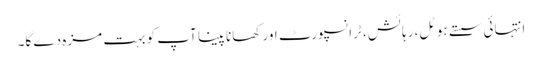
انتہائی سستے ہوٹل، رہائش، ٹرانسپورٹ اور کھانا پینا آپ کو بہت مزہ دے گا۔